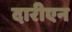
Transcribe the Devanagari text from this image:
दारीएन